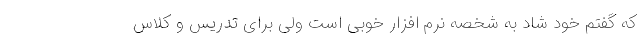
که گفتم خود شاد به شخصه نرم افزار خوبی است ولی برای تدریس و کلاس